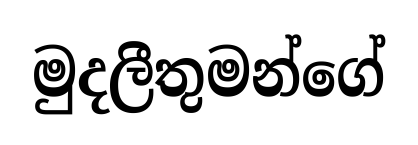
මුදලීතුමන්ගේ